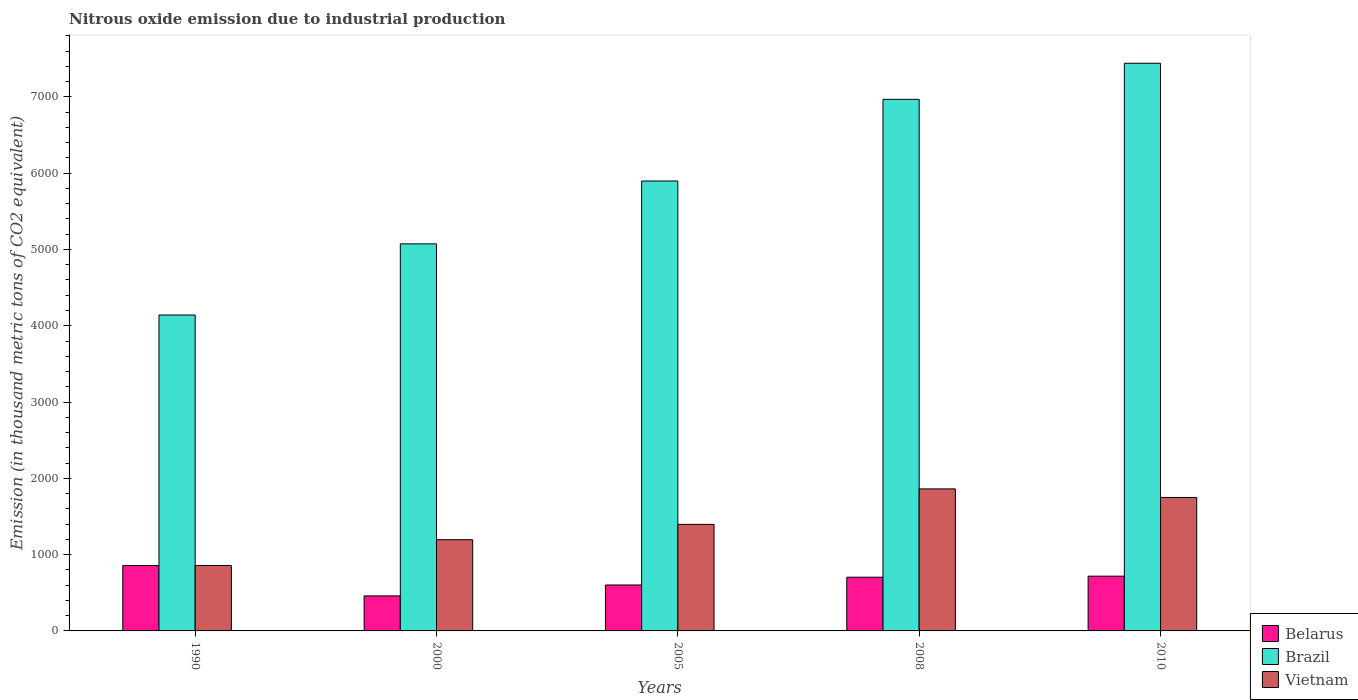
| Years | Belarus | Brazil | Vietnam |
 | --- | --- | --- | --- |
 | 1990 | 857 | 4.14e+03 | 857 |
 | 2000 | 459 | 5.07e+03 | 1.2e+03 |
 | 2005 | 602 | 5.9e+03 | 1.4e+03 |
 | 2008 | 704 | 6.97e+03 | 1.86e+03 |
 | 2010 | 718 | 7.44e+03 | 1.75e+03 |